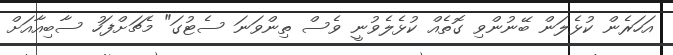
އަހަރެން ކުޅެލަން ބޭނުންވި ގޮތެއް ކުޅެލެވުނީ ވެސް ތިންވަނަ ސެޓުގަ" މެޗަށްފަހު ސާބިއާއަށް